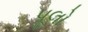
પૂલો